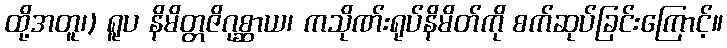
ထို့အတူ၊) ရူပ နိမိတ္တဇိဂုစ္ဆာယ၊ ကသိုဏ်းရုပ်နိမိတ်ကို စက်ဆုပ်ခြင်းကြောင့်။